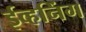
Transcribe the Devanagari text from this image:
ईव्हनिंग